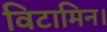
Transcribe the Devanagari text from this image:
विटामिन।